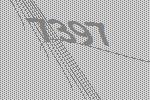
7397